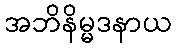
အဘိနိမ္မဒနာယ